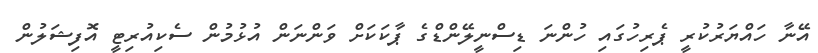
އޭނާ ހައްޔަރުކުރީ ޕެރިހުގައި ހުންނަ ޑިސްނީލޭންޑްގެ ޕާކަކަށް ވަންނަން އުޅުމުން ސެކިއުރިޓީ އޮފިޝަލުން